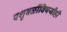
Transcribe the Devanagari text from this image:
पशुबळींविषयीही